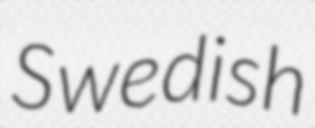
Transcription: Swedish